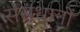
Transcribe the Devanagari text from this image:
संसधानों